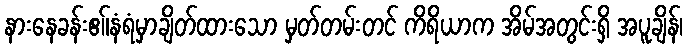
နားနေခန်းဧ။်နံရံမှာချိတ်ထားသော မှတ်တမ်းတင် ကိရိယာက အိမ်အတွင်းရှိ အပူချိန်၊